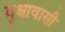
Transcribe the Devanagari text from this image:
वृक्षावासी